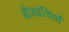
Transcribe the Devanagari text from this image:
बीजग्रंथियाँ